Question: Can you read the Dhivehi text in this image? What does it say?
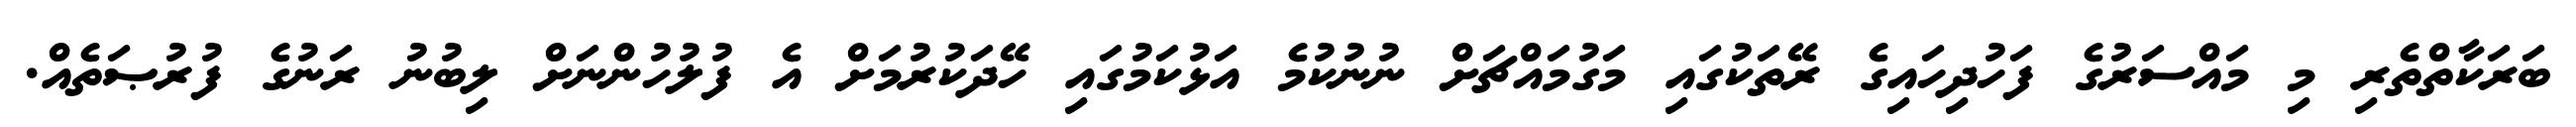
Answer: ބަރަކާތްތެރި މި މައްސަރުގެ ފަހުދިހައިގެ ރޭތަކުގައި މަގުމައްޗަށް ނުނުކުމެ އަޅުކަމުގައި ހޭދަކުރުމަށް އެ ފުލުހުންނަށް ލިބުނު ރަނުގެ ފުރުޞަތެއް.